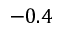
- 0 . 4